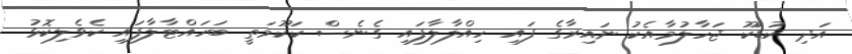
އަދި ކުޑަކޫ ޖަހާލުމާއެކު ނައިރާގެ ފައި ހިއްލާލާފައި ގެނެސް ކަކޫމަތީ ބަހައްޓާލާފައި ކެވެލިކޮޅު